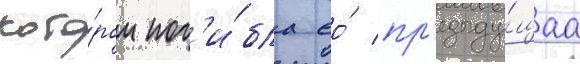
кото́ром пог'и́бла ео́ пр'едыду́щаа